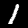
Digit: 1